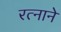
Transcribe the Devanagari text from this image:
रत्नाने